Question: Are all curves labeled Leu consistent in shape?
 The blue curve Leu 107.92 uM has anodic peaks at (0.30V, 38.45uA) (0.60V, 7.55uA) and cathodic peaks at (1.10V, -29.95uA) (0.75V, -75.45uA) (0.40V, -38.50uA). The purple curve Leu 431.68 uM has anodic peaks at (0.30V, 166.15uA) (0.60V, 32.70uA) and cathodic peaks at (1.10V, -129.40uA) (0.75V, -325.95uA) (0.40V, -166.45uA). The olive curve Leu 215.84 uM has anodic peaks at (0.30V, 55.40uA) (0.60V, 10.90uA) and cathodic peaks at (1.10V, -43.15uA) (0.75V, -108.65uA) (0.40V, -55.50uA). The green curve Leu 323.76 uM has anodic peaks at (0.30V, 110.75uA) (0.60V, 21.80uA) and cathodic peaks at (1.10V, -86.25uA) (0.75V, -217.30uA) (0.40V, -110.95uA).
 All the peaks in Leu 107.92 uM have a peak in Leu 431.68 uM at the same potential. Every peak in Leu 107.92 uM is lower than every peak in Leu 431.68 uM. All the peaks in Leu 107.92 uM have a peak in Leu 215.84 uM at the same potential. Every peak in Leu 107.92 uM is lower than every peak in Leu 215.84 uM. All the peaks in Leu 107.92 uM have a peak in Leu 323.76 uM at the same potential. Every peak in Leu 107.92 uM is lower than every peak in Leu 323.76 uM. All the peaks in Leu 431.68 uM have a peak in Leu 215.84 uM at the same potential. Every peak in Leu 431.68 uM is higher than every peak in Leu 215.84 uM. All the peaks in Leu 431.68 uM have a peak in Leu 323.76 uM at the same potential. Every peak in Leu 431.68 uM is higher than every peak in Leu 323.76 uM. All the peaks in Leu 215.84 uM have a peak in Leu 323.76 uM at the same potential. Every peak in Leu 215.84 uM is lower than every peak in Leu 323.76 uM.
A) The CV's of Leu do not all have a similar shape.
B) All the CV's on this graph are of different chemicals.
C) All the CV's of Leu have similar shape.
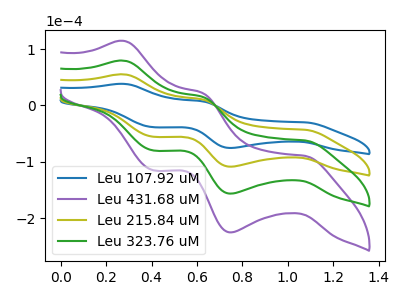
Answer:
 <answer>C) All the CV's of "Leu" have similar shape.</answer>
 <eval>C</eval>